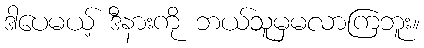
ဒါပေမယ့် ဒီနားကို ဘယ်သူမှမလာကြဘူး။